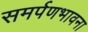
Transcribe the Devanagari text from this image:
समर्पणभावना